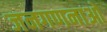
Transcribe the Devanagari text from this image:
जनगणनाओ